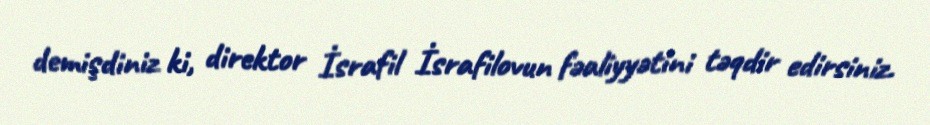
demişdiniz ki, direktor İsrafil İsrafilovun fəaliyyətini təqdir edirsiniz.